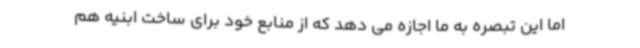
اما این تبصره به ما اجازه می دهد که از منابع خود برای ساخت ابنیه هم